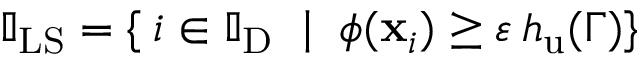
\mathbb { I } _ { \mathrm { L S } } = \{ \: i \in \mathbb { I } _ { \mathrm { D } } \; \mid \; \phi ( \mathbf { x } _ { i } ) \geq \varepsilon \: h _ { \mathrm { u } } ( \Gamma ) \}